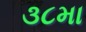
૩૮મા